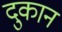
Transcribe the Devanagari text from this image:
दुकान